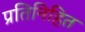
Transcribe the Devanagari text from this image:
प्रतिनिहित